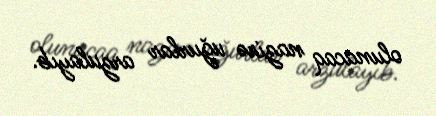
olunacaq nazirə uğurlar arzulayıb.